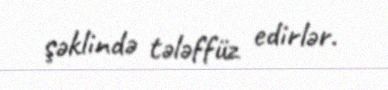
şəklində tələffüz edirlər.